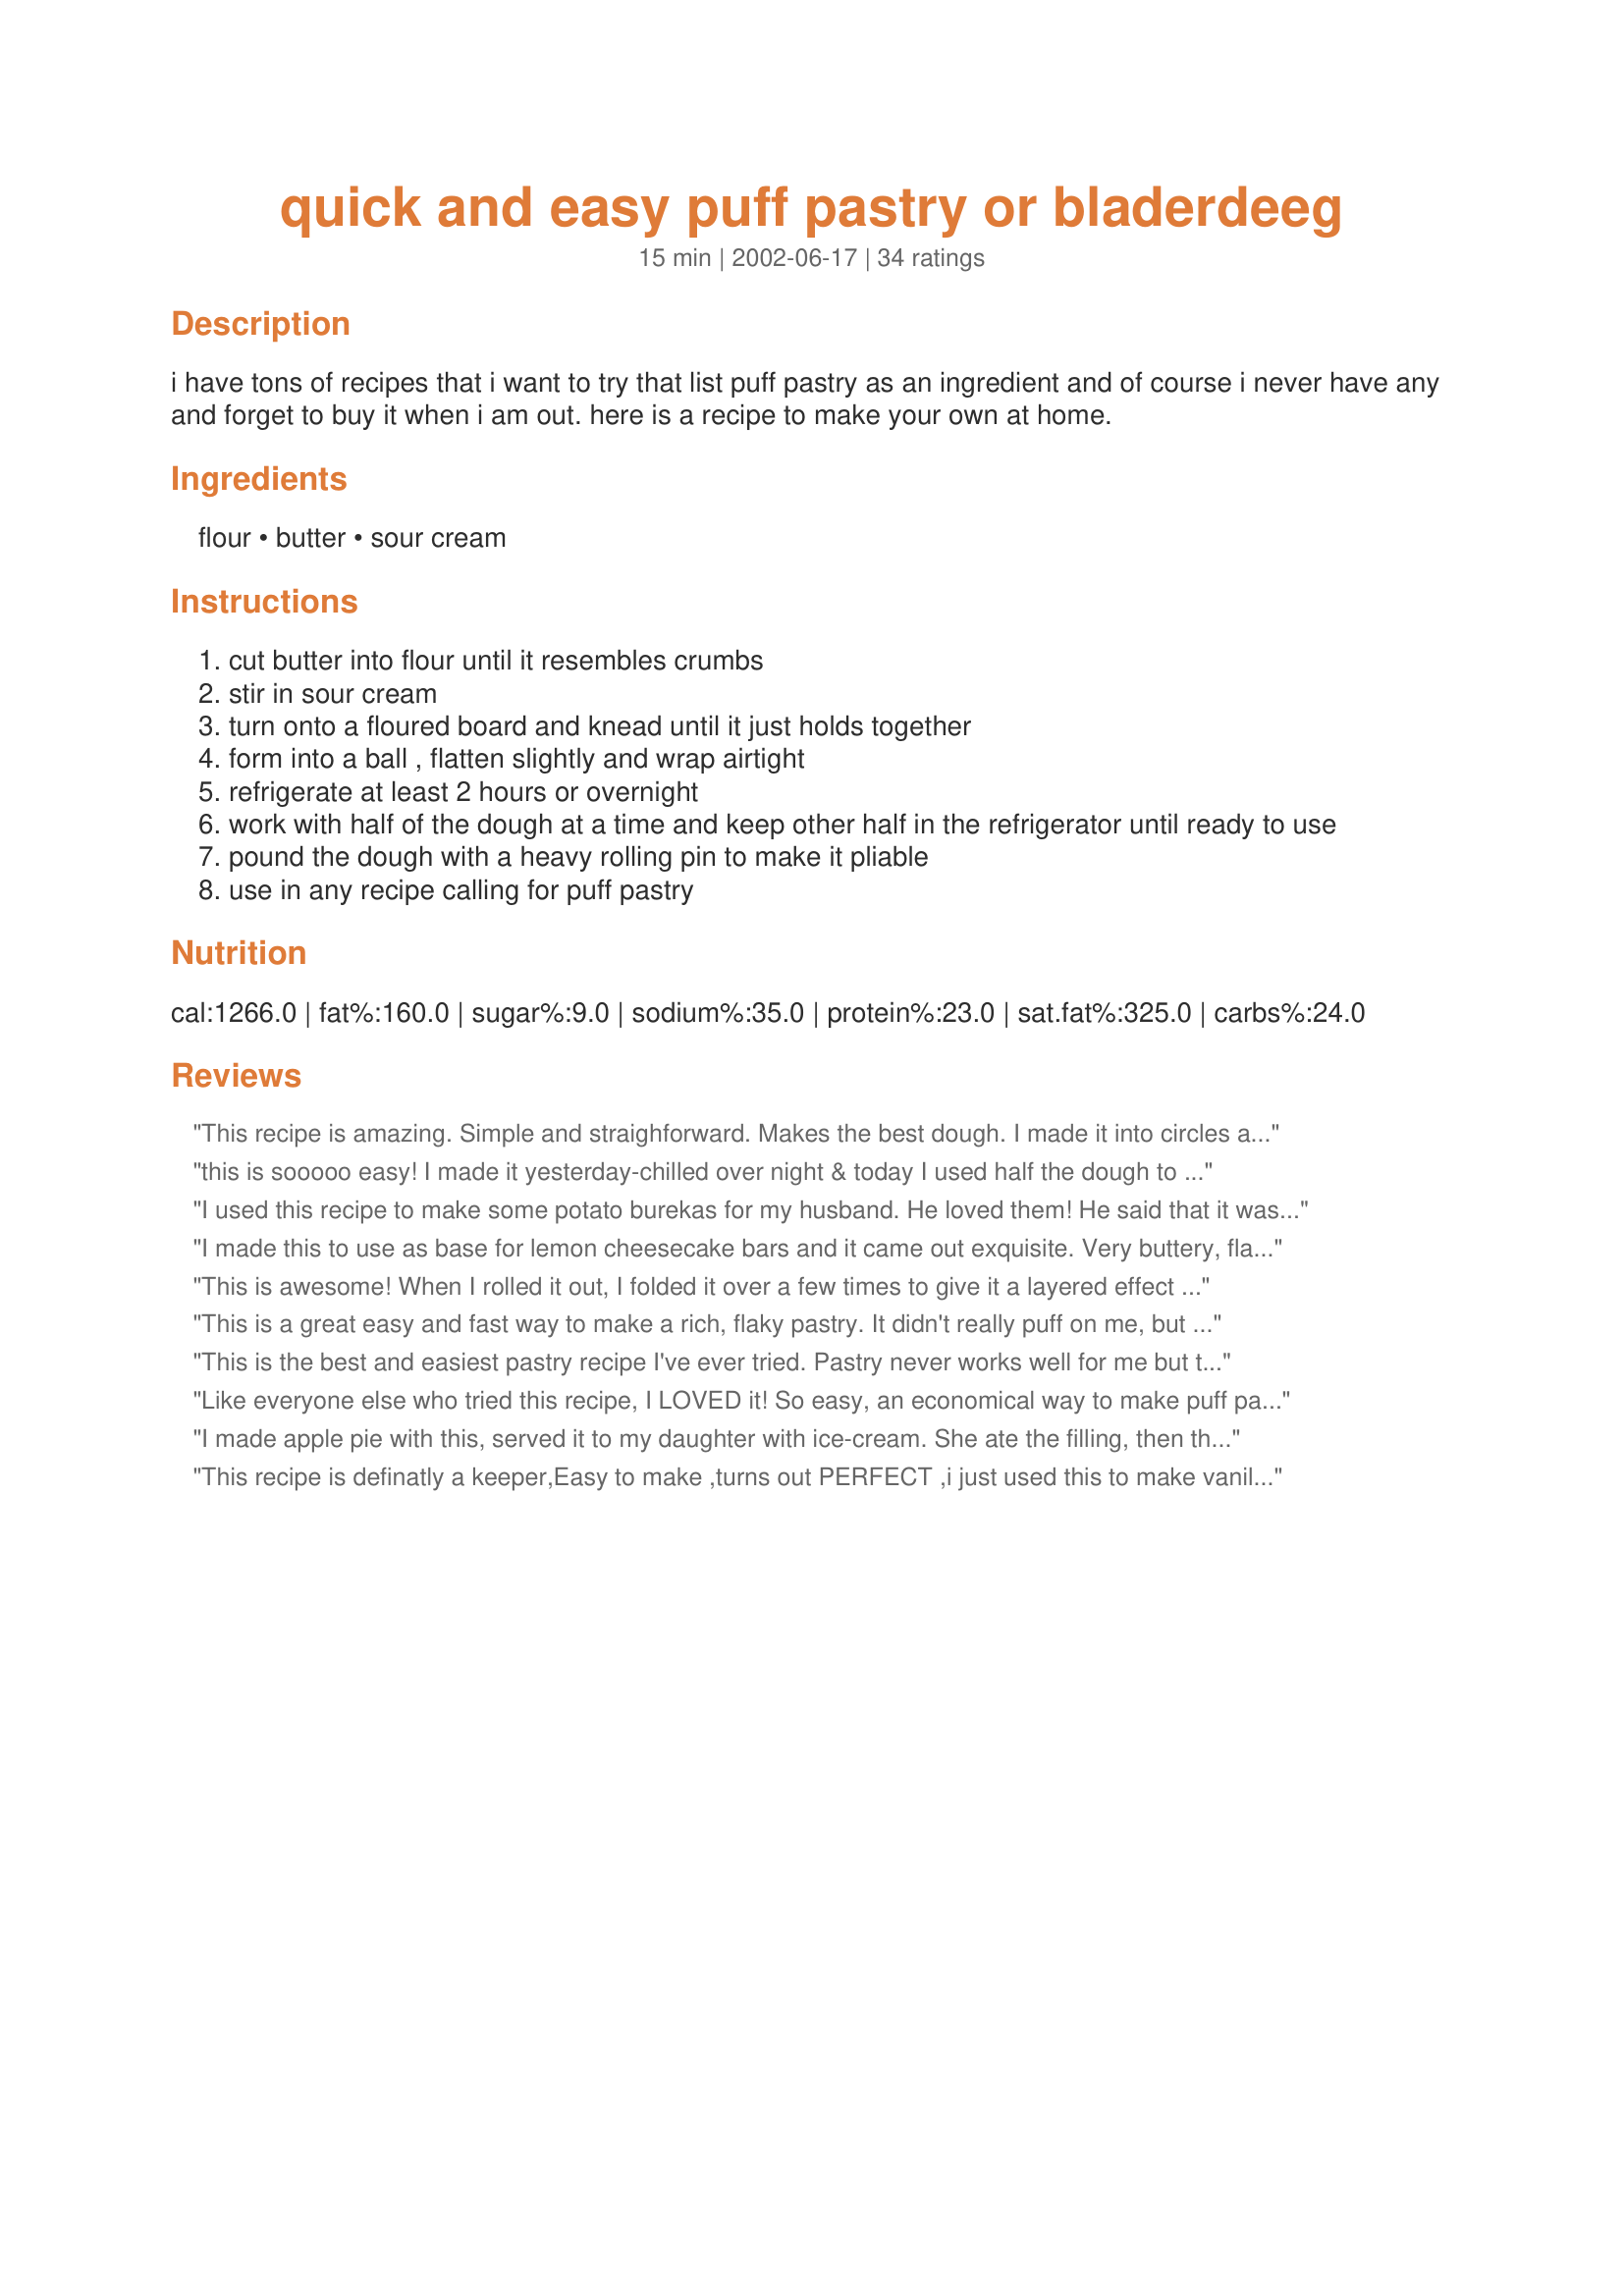
quick and easy puff pastry or bladerdeeg
Preparation time: 15 minutes

i have tons of recipes that i want to try that list puff pastry as an ingredient and of course i never have any and forget to buy it when i am out. here is a recipe to make your own at home.

Ingredients:
flour, butter, sour cream

Steps:
cut butter into flour until it resembles crumbs
stir in sour cream
turn onto a floured board and knead until it just holds together
form into a ball , flatten slightly and wrap airtight
refrigerate at least 2 hours or overnight
work with half of the dough at a time and keep other half in the refrigerator until ready to use
pound the dough with a heavy rolling pin to make it pliable
use in any recipe calling for puff pastry

Reviews:
This recipe is amazing. Simple and straighforward. Makes the best dough. I made it into circles and topped individual chicken pot pies.
this is sooooo easy! I made it yesterday-chilled over night & today I used half the dough to make 2 medium sized apple turnovers. The result was a very tender, flaky pastry, kinda melted in your mouth. Oh the possibilities with this dough. I will make this ahead & freeze for those spur of the moment recipes! Thanks Karen!
I used this recipe to make some potato burekas for my husband. He loved them! He said that it was a very good version of what he has back in Israel. Very easy to put together. Mine didn't raise much, but they still had the crisp layer effect. Thanks for posting. Will be making again!
I made this to use as base for lemon cheesecake bars and it came out exquisite. Very buttery, flaky, flavorful. can&#039;t say enough about it and will share with all who i know will enjoy and appreciate. thank you FOOD.COM
This is awesome! When I rolled it out, I folded it over a few times to give it a layered effect and it was really nice. Thanks so much for posting.
This is a great easy and fast way to make a rich, flaky pastry. It didn't really puff on me, but I handled it too much. That's okay, it still tasted really good. Wonderful if you're not big on mixing and rolling but you have a few hours to let it chill. Thanks!
This is the best and easiest pastry recipe I've ever tried. Pastry never works well for me but this one is foolproof. I use it to top my chicken pot pie and everyone begs me to make it more often. Thanks so much Karen.
Like everyone else who tried this recipe, I LOVED it! So easy, an economical way to make puff pastry quickly and very tasty. I can envision lots of uses for this pastry. This time I made meat filled appetizers for a potluck and everyone loved them. Thanks for the great recipe, Karen!!!
I made apple pie with this, served it to my daughter with ice-cream. She ate the filling, then the ice-cream and saved the pastry for last. For me that's the greatest compliment :-) Thank you!!!
This recipe is definatly a keeper,Easy to make ,turns out PERFECT ,i just used this to make vanilla slice-YUM

thankyou for sharing this recipe
Oh wow, what amazing pastry. I was very skeptical of this recipe, thinking that surely the puff pastry recipe with more ingredients would be the best choice, but after using this to bake apple galettes, i have been proven wrong. So very flaky, buttery, and delicious. I'll never use another recipe again!
I made this on the weekend. It was so easy and my Thai chicken sausage rolls were fantastic.&lt;br/&gt;I was ectstatic with the end product.&lt;br/&gt;I will never buy pre-made again.&lt;br/&gt;Thankyou.
Thanks Karen, this was the fastest, easiest, tastiest puff pastry in the world. So easy and so wonderfully good, used it on top of pot pies, tomorrow will do apple turnovers!!
I wanted to rate this recipe 4 1/2 stars, but can't. The only problem I have with it is that it has too much butter and, as a result, it seeps out during baking. Otherwise, it is great. I actually left it a few days in the refrigerator, ended up freezing, defrosted it and it baked perfectly. Thanks for sharing such a great--AND easy!--recipe, Karen.
So easy and delicious! I was surprised how flaky and quick it was to make (^-^)
A fantastic pastry. It is so easy to make and use. It will save you a bunch of money, produce a high quality product, and (with a little planning ahead) be right at hand whenever you need it. I, for one, will never use store bought again! Thank you, Karen.
I tried this recipe to make little spanish pasties. I thought at first it wasn't going to work, The mixture seemed a bit wet, but it worked out beautifully. Really nice light pastry, absolutely perfect. My husband is soooooooo excited, as since we have lived in the US, we haven't had pasties at all. Thank you so much for sharing!
This is a wonderful recipe, and so easy to make! So glad to have found this one. I doubled the batch, and made cherry cream cheese loaves. I made them the night before I needed them, cause the next day I didn't have time (of course had one,so great!!), and reheated them the next day in the oven for family members to try, and they loved them!!!!Thanks Karen!!!!
I tried this as it's far easier than the 'official' way to make PP. Quick as a flash (in the food processor) and results were excellent! I used it for Eccles cakes, and it was very good indeed.
The simplicity of this pastry is so worthy of more than 5 stars! I used my food processor and cubed my 1 cup solid butter (real butter unsalted) and presto with the chopper selection added my flour and bread crumb consistency! 
I changed from the chop (food processor) to the knead and "voila" (a good 3 fast spin around) a lovely soft ball of dough was formed. I wrapped this dough in tin foil and chilled for a good 4 hours before rolling on a lightly floured surface. I didn't handlge this dough overly. 
I made home made sausage rolls and the left over dough I will be making steak and kidney pie.
Thank you for sharing such an amazing flop free "simple dough" recipe! 
Finally I can say that I don't long for the "ready frozen roll of "todays" puff pastry.
This is an easy recipe that turns out a very flaky pastry. I had my Mom try it and it reminded her of her mother&#039;s recipe. That said, this could use a bit of salt. All-in-all, a very successful, money-saving, recipe!
This is the second time I've used this recipe and it's fantastic. I was making Kittencal's sausage rolls off this site and I don't like buying shop produced puff pastry, and decided to try this with them. It turned out so well. I actually did two batches; one after a few hours and one with a block of pastry I'd let sit in the fridge overnight. I think the one that sits overnight is far superior to the 2 hour pastry. Thanks very much for the recipe!
Didn't 'puff' as such but made a great flaky pastry good enough for an apple pie :-)
I am very impressed with this recipe. Easy to make in the food processor and easy to roll out after refrigerating. The texture was flaky and the pastry was delicious. Thanks Karen! Please see my rating system.
I loved it! I made some almond paste and filled this with it to make a sort of almond croissant. Delicious. Just as good as storebought.
Used this with 'Zaar recipe 251992. Followed the recipe exactly, but did not refrigerate prior to rolling. The cold dough is essential for the pastry to puff, but I knew that. The fridge was just too crowded! Thank you for this recipe! UPDATE: Though the dough was (cool) room temp, putting it on a pre-heated baking stone did make it puff a little and made the dough more flaky. DH loved this with 251992!
I have used this recipe several times to make a variety of puff pastry appetizers. I have always been impressed with the results and have followed the recipe exactly as written. It is very easy to make with staple ingredients that I normally have on hand. I&#039;m so happy that I will never have to visit my grocery&#039;s freezer aisle for puff pastry again. Thank you for posting!
This pastry was perfect for my chicken pot pies. I wanted to post a picture but they were gobbled up before I could grab the camera! Excellent recipe. The pastry is very delicious.
Delicious and easy!. The dough was kinda sloppy after putting the sour cream in, but I just separated it into two balls, put each one on a piece of plastic wrap, pulled the wrap over the ball and flattened it a bit, then wrapped it up and refrigerated it... for many days (I couldn't find the time to bake my sausage rolls for a while). The end product after baking was flaky and very good. I would definitely use this recipe again!
This puff pastry was awesome! Super easy and I had all the ingreds on hand, already! Didn't have time to refrigerate it as long as it said, but had it in maybe a half hour - it was still great! Still flaky and puffy - maybe not as much as if it were in longer, but still was so yummy! Loved the sour cream in it - just adds a slightly richer flavor. We cut the dough and filled them w/ a potato curry filling (just winged it on the filling) and deep fried them - perfection! I can't believe how good such a simple little recipe could be. And the food processor made very quick work of it. I am adding this one to my favorites -- no need to buy the frozen box anymore! Thanks for a great - and so simple - recipe!
Wow! I am surprised at how good the end result for this recipe is. I have to say though, I was one of those people who had trouble with sticky dough. I kept thinking to myself, "The end result better be worth all this trouble!" and I'm going to tell you, it sure is! I didn't get time to make this yesterday so I made it this morning and left it in the fridge for a few hours and then stuck it in the freezer for about an hour before I used it. I also chilled a piece of wax paper to roll out the dough between, needless to say - it still got sticky real fast and I used this dough straight out of the freezer. I didn't add any extra flour while rolling it out - so I just may try a sprinkle of flour between wax paper next time. I used this to make Apple Strudel, it was buttery, flaky, delicious. I am definitely making this again - thanks for sharing!
This recipe came out GREAT!
DEFINATELY first rate,
SIMPLE, SIMPLE, did I mention SIMPLE, TRUE!
Won't be making any other puff pastry in future too!
I was looking for a short-cut puff pastry, and this turned out great! Not quite as puffy as traditional layered puff pastry, but much more tender, puffy, and flakey than traditional pie crust. This has become by favorite pie crust recipe. Perfect! Thank you so much Karen, my family says it is the best pie crust they have ever had! Great for turnovers, single crust and double crust pies!
This will be a staple, just like "no knead bread" I am a big fan of recipes that that are hard to mess up and take little effort. This was melt in the mouth delicious and everyone loved it. I used it for a pot pie recipe, half for the top crust and half for the bottom. I baked the bottom crust for 10 minutes at 375f before adding the chicken veggies and sauce. I found that the pastry shrunk significantly and slipped inside the pie dish but this did not affect the outcome. Thank you.
